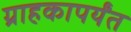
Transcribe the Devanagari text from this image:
ग्राहकापर्यंत